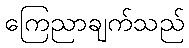
ကြေညာချက်သည်